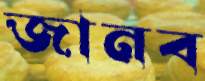
জানব